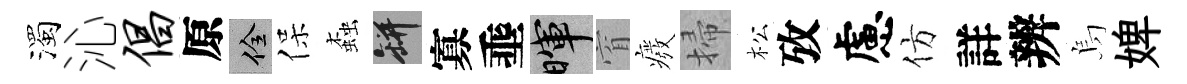
濁沁倡原佺保螙瓶寡埀暉窅癈掃松攷慮仿詳辨烏婢